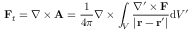
\mathbf { F } _ { t } = \nabla \times \mathbf { A } = { \frac { 1 } { 4 \pi } } \nabla \times \int _ { V } { \frac { \nabla ^ { \prime } \times \mathbf { F } } { \left| \mathbf { r } - \mathbf { r } ^ { \prime } \right| } } \mathrm { d } V ^ { \prime }